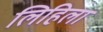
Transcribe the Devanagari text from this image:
लिहिला